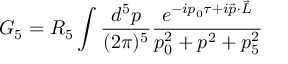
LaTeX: G _ { 5 } = R _ { 5 } \int \frac { d ^ { 5 } p } { ( 2 \pi ) ^ { 5 } } \frac { e ^ { - i p _ { 0 } \tau + i \vec { p } \cdot \vec { L } } } { p _ { 0 } ^ { 2 } + p ^ { 2 } + p _ { 5 } ^ { 2 } }